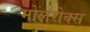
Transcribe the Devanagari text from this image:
मोलरोक्स